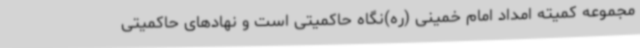
مجموعه کمیته امداد امام خمینی (ره)نگاه حاکمیتی است و نهادهای حاکمیتی